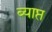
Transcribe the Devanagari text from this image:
ब्याप्त